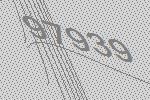
97939